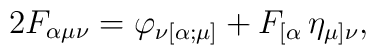
2 F_{\alpha\mu\nu} = \varphi_{\nu [\alpha ;\mu ]}  +F_{[\alpha } \,\eta_{\mu ]\nu},